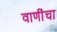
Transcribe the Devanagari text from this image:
वाणींचा